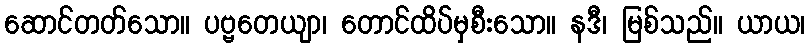
ဆောင်တတ်သော။ ပဗ္ဗတေယျာ၊ တောင်ထိပ်မှစီးသော။ နဒီ၊ မြစ်သည်။ ယာယ၊